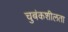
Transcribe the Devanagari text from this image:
चुबंकशीलता